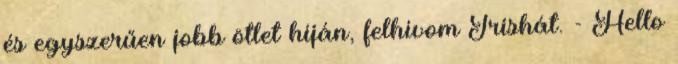
és egyszerűen jobb ötlet híján, felhívom Trishát. - Hello